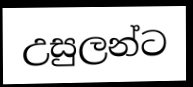
උසුලන්ට